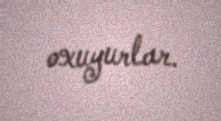
oxuyurlar.